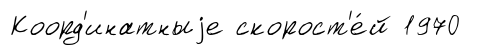
Коорд'инатныjе скорост'е́й 1970